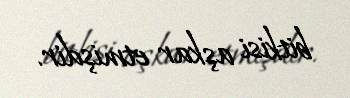
bitkisi aşkar etmişdir.